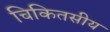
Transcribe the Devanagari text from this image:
चिकितसीय